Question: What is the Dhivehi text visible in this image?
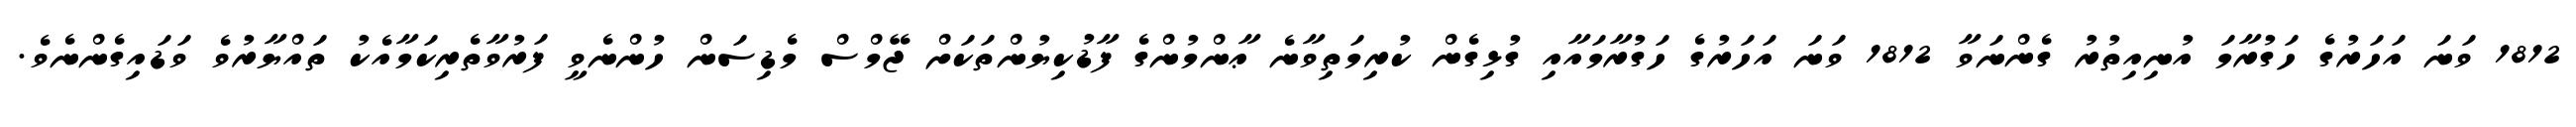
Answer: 1812 ވަނަ އަހަރުގެ ހަގުރާމަ އުނިއިތުރު ގެންނަވާ 1812 ވަނަ އަހަރުގެ ހަގުރާމައާއި ގުޅިގެން ކުރިމަތިވާނެ ޢާންމުންގެ ފާޑުކިޔުންތަކަށް ޖޭމްސް މެޑިސަން ހުންނެވީ ފަރުވާތެރިކަމާއެކު ތައްޔާރުވެ ވަޑައިގެންނެވެ.